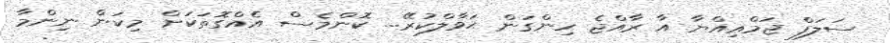
ސަލަފް ޖަމްޢިއްޔާ އާ ރާއްޖެ ހިންގަން ޙަވާލްކުރޭ... ކޮންމެސް އެއްގޮތަކަށް މިކަން ނިންމާ